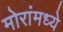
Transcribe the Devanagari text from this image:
मोरांमध्ये